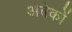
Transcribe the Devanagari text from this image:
अबेकों